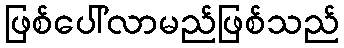
ဖြစ်ပေါ်လာမည်ဖြစ်သည်